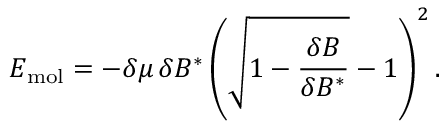
E _ { \mathrm { m o l } } = - \delta \mu \, \delta B ^ { * } \left( \sqrt { 1 - \frac { \delta B } { \delta B ^ { * } } } - 1 \right) ^ { 2 } .